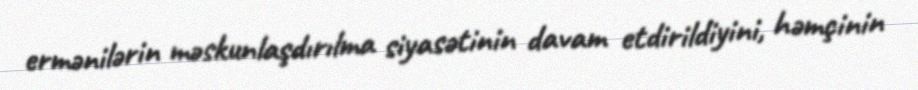
ermənilərin məskunlaşdırılma siyasətinin davam etdirildiyini, həmçinin